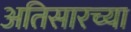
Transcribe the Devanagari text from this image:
अतिसारच्या